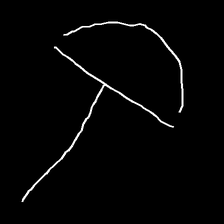
Glyph: dispersion